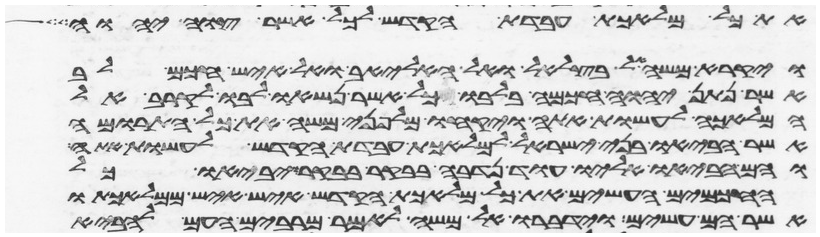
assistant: את כל מלאכת עבדת הקדש לכל אשר צוה יהוה
ויקרא משה אל בצלאל ואל אהליאב ואל כל איש חכם לב
אשר נתן יהוה חכמה בלבו כל אשר נשאו לבו לקרב אל
המלאכה לעשות אתה ויקחו מלפני משה את כל התרומה
אשר הביאו בני ישראל למלאכת עבדת הקדש לעשות אתה
והם הביאו אליו עוד נדבה בבקר בבקר ויביאו כל
החכמים העשים את כל מלאכת הקדש איש איש ממלאכתו
אשר הם עשים וידברו אל משה לאמר מרבים העם להביא